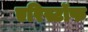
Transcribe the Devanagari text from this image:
एरिस्टॉफ